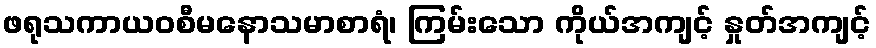
ဖရုသကာယဝစီမနောသမာစာရံ၊ ကြမ်းသော ကိုယ်အကျင့် နှုတ်အကျင့်